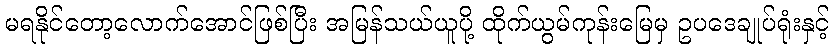
မရနိုင်တော့လောက်အောင်ဖြစ်ပြီး အမြန်သယ်ယူပို့ ထိုက်ယွမ်ကုန်းမြေမှ ဥပဒေချုပ်ရုံးနှင့်